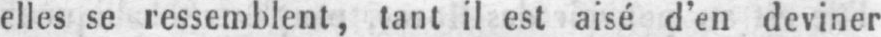
elles se ressemblent, tant il est aisé d’en deviner